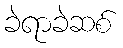
ခဲရာခဲဆစ်